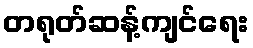
တရုတ်ဆန့်ကျင်ရေး